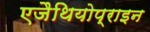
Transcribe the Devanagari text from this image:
एजैथियोप्राइन